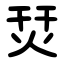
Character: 烎